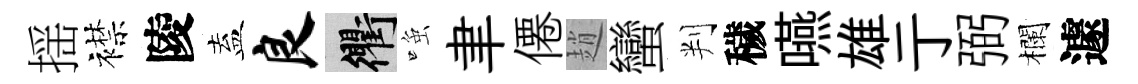
揺襟陵盍良衢𫪻聿僊趙蠻判穢嚥雄亍弼欄遽